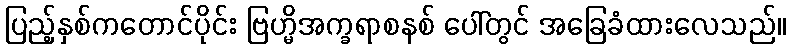
ပြည့်နှစ်ကတောင်ပိုင်း ဗြဟ္မိအက္ခရာစနစ် ပေါ်တွင် အခြေခံထားလေသည်။